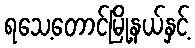
ရသေ့တောင်မြို့နယ်နှင့်